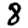
Digit: 8